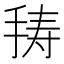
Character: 𭠸